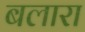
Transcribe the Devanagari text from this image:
बलारा